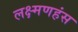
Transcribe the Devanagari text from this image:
लक्ष्मणहंस